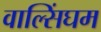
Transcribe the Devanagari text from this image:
वाल्सिंघम